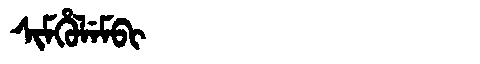
Manchu: ᠰᡳᠮᡥᡠᠯᡝᠮᠪᡳ
Romanization: SIMHULEMBI